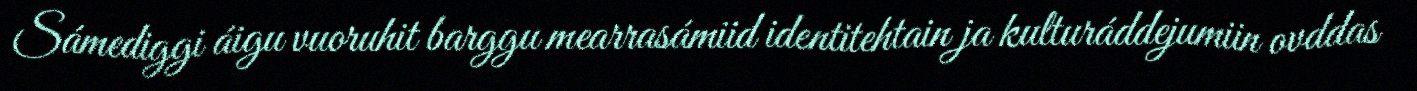
Sámediggi áigu vuoruhit barggu mearrasámiid identitehtain ja kulturáddejumiin ovddas